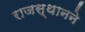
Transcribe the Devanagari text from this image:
राजस्थानने